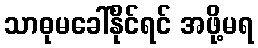
သာဓုမခေါ်နိုင်ရင် အဖို့မရ